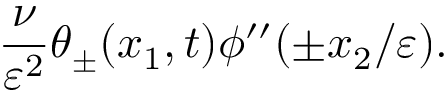
\frac { \nu } { \varepsilon ^ { 2 } } \theta _ { \pm } ( x _ { 1 } , t ) \phi ^ { \prime \prime } ( \pm x _ { 2 } / \varepsilon ) .